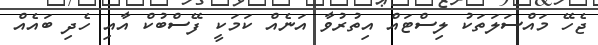
ޖެހޭ މައްސަލަތަކު ލިސްޓައް އިތުރުވާ އަނެއް ކަމަކީ ފޭސްބުކް އާއި ހެދި ބައެއް